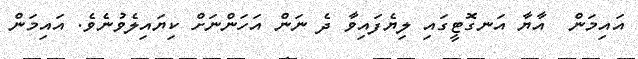
އައިމަން  އާޔާ އަނގޮޓީގައި ލިޔެފައިވާ ދެ ނަން އަހަންނަށް ކިޔައިލެވުނެވެ. އައިމަން